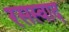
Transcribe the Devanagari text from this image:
रसस्वाद